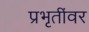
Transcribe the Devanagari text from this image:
प्रभृतींवर